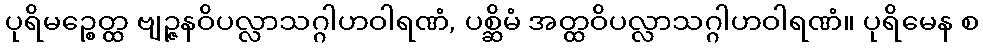
ပုရိမဉ္စေတ္ထ ဗျဉ္ဇနဝိပလ္လာသဂ္ဂါဟဝါရဏံ, ပစ္ဆိမံ အတ္ထဝိပလ္လာသဂ္ဂါဟဝါရဏံ။ ပုရိမေန စ